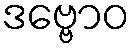
ဒဗ္ဗောဝ